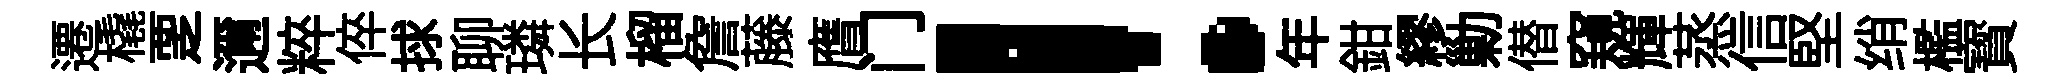
遷橇覂邇粹倅捄聊璘长榴詹藤膺门！年鉗繆勦僣窺輝蒸信堅绡檻寳